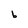
Character: b